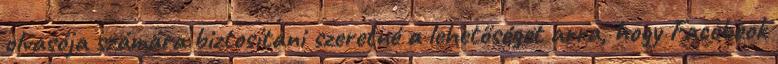
olvasója számára biztosítani szeretné a lehetőséget arra, hogy Facebook